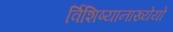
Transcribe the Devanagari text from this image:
र्विशिष्यानाख्येयो